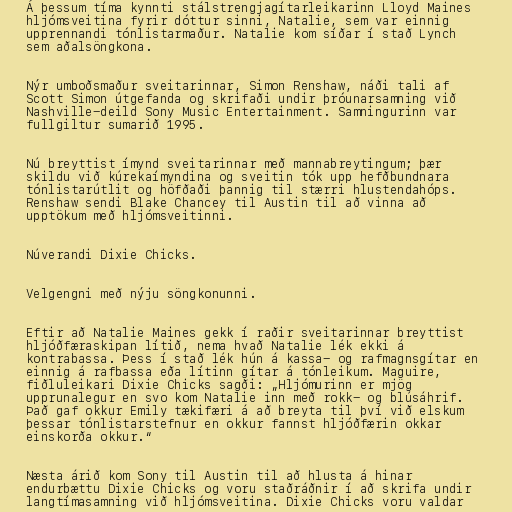
Á þessum tíma kynnti stálstrengjagítarleikarinn Lloyd Maines
hljómsveitina fyrir dóttur sinni, Natalie, sem var einnig
upprennandi tónlistarmaður. Natalie kom síðar í stað Lynch
sem aðalsöngkona.

Nýr umboðsmaður sveitarinnar, Simon Renshaw, náði tali af
Scott Simon útgefanda og skrifaði undir þróunarsamning við
Nashville-deild Sony Music Entertainment. Samningurinn var
fullgiltur sumarið 1995.

Nú breyttist ímynd sveitarinnar með mannabreytingum; þær
skildu við kúrekaímyndina og sveitin tók upp hefðbundnara
tónlistarútlit og höfðaði þannig til stærri hlustendahóps.
Renshaw sendi Blake Chancey til Austin til að vinna að
upptökum með hljómsveitinni.

Núverandi Dixie Chicks.

Velgengni með nýju söngkonunni.

Eftir að Natalie Maines gekk í raðir sveitarinnar breyttist
hljóðfæraskipan lítið, nema hvað Natalie lék ekki á
kontrabassa. Þess í stað lék hún á kassa- og rafmagnsgítar en
einnig á rafbassa eða lítinn gítar á tónleikum. Maguire,
fiðluleikari Dixie Chicks sagði: „Hljómurinn er mjög
upprunalegur en svo kom Natalie inn með rokk- og blúsáhrif.
Það gaf okkur Emily tækifæri á að breyta til því við elskum
þessar tónlistarstefnur en okkur fannst hljóðfærin okkar
einskorða okkur.“

Næsta árið kom Sony til Austin til að hlusta á hinar
endurbættu Dixie Chicks og voru staðráðnir í að skrifa undir
langtímasamning við hljómsveitina. Dixie Chicks voru valdar